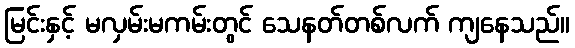
မြင်းနှင့် မလှမ်းမကမ်းတွင် သေနတ်တစ်လက် ကျနေသည်။